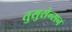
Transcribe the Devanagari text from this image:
तुसुसेन्सन